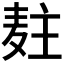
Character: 𱋍